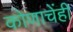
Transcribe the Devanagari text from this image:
कोणाचेंही